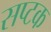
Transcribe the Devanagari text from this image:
सप्टक